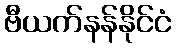
ဗီယက်နန်နိုင်ငံ